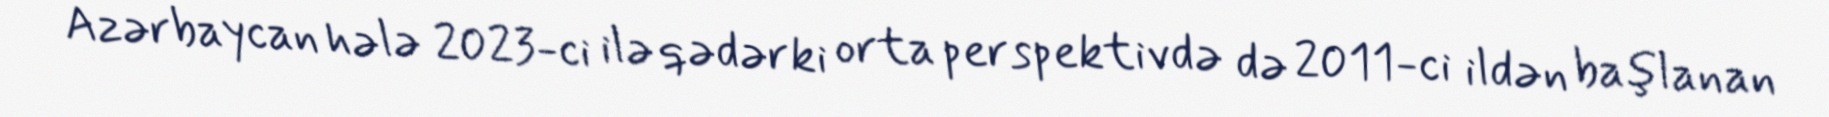
Azərbaycan hələ 2023-ci ilə qədərki orta perspektivdə də 2011-ci ildən başlanan